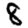
Digit: 8